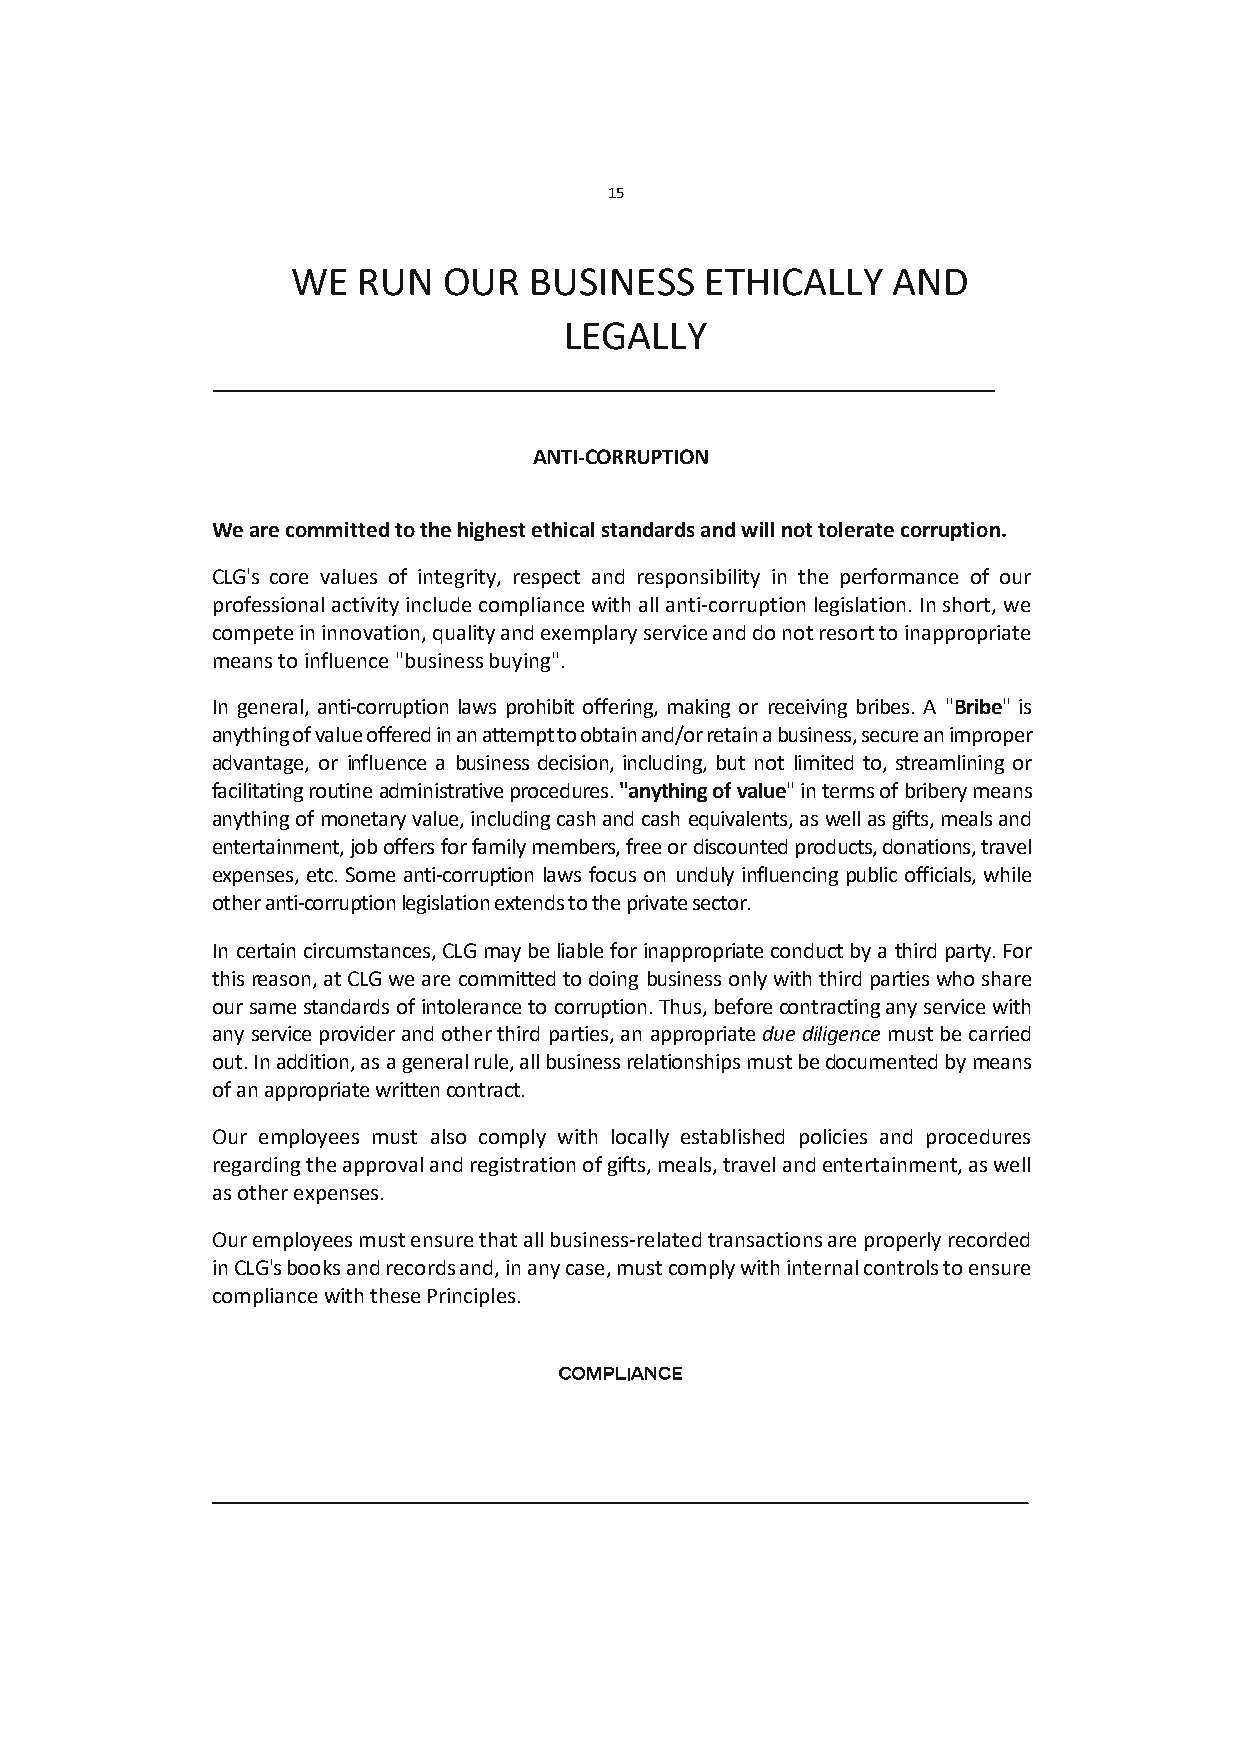
15
 WE   RUN  OUR   BUSINESS    ETHICALLY   AND
 LEGALLY
 ANTI-CORRUPTION
 We are committed to the highest ethical standards and will not tolerate corruption.
 CLG's core values of integrity, respect and responsibility in the performance of our
 professional activity include compliance with all anti-corruption legislation. In short, we
 compete in innovation, quality and exemplary service and do not resort to inappropriate
 means to influence "business buying".
 In general, anti-corruption laws prohibit offering, making or receiving bribes. A "Bribe" is
 anything of value offered in an attempt to obtain and/or retain a business, secure an improper
 advantage, or influence a business decision, including, but not limited to, streamlining or
 facilitating routine administrative procedures. "anything of value" in terms of bribery means
 anything of monetary value, including cash and cash equivalents, as well as gifts, meals and
 entertainment, job offers for family members, free or discounted products, donations, travel
 expenses, etc. Some anti-corruption laws focus on unduly influencing public officials, while
 other anti-corruption legislation extends to the private sector.
 In certain circumstances, CLG may be liable for inappropriate conduct by a third party. For
 this reason, at CLG we are committed to doing business only with third parties who share
 our same standards of intolerance to corruption. Thus, before contracting any service with
 any service provider and other third parties, an appropriate due diligence must be carried
 out. In addition, as a general rule, all business relationships must be documented by means
 of an appropriate written contract.
 Our employees must also comply with locally established policies and procedures
 regarding the approval and registration of gifts, meals, travel and entertainment, as well
 as other expenses.
 Our employees must ensure that all business-related transactions are properly recorded
 in CLG's books and records and, in any case, must comply with internal controls to ensure
 compliance with these Principles.